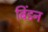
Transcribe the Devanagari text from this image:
बिंडन